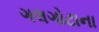
ગલગોટાના